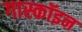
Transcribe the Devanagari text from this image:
गास्कॉइन